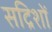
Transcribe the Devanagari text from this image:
सद्रिशों